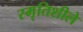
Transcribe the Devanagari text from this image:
स्मृतिशीले